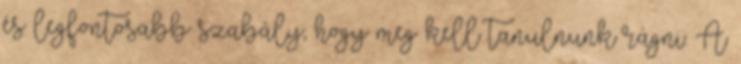
és legfontosabb szabály, hogy meg kell tanulnunk rágni. A